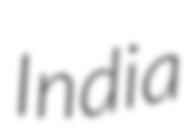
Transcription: India